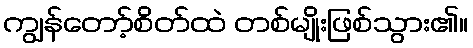
ကျွန်တော့်စိတ်ထဲ တစ်မျိုးဖြစ်သွား၏။